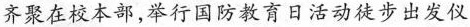
齐聚在校本部，举行国防教育日活动徒步出发仪